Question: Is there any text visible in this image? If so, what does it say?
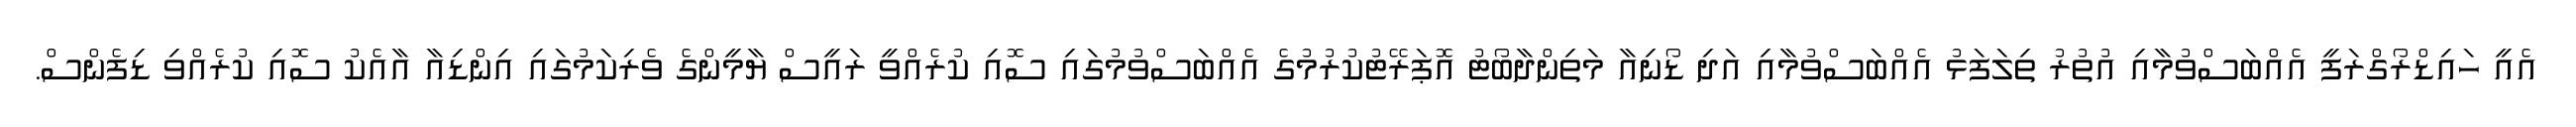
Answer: އެއީ ހައިޑްރޯގްރަފީ އެއްބަސްވުމާއި އުތުރު ތިލަފަޅު އެއްބަސްވުމާއި އަދި ޑޯނިއާ މަތިންދާބޯޓު އޮޕަރޭޓުކުރުމުގެ އެއްބަސްވުމުގައި ސޮއި ކުރެއްވީ ރައީސް ޔާމީންގެ ވެރިކަމުގައި އިންޑިއާ އާއެކު ސޮއި ކުރެއްވި ޑިފެންސް.